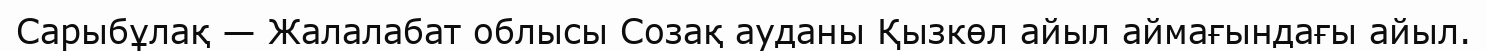
Сарыбұлақ — Жалалабат облысы Созақ ауданы Қызкөл айыл аймағындағы айыл.